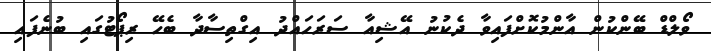
ވޯލްޑް ބޭންކުން އާންމުކޮށްފައިވާ ދެކުނު އޭޝިއާ ސަރަހައްދު އިގްތިސާދާ ބެހޭ ރިޕޯޓުގައި ބުނެފައި